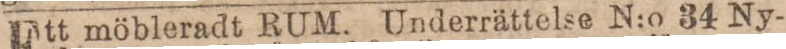
Ett möbleradt RUM. Underrättelse N:o 34 Ny-